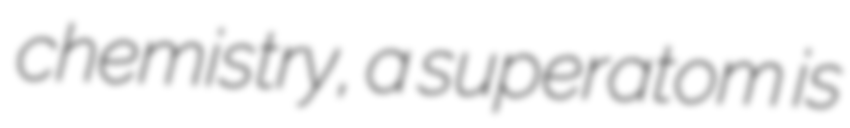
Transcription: chemistry, a superatom is